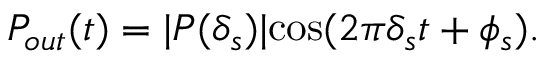
P _ { o u t } ( t ) = \lvert P ( \delta _ { s } ) \rvert \mathrm { c o s } ( 2 \pi \delta _ { s } t + \phi _ { s } ) .